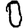
Digit: 0